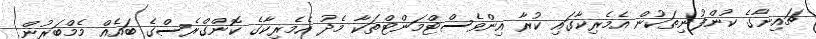
ޗައިނާގެ ކުންފުނިތަކުން އެމެރިކާގައި ކުރާ އިންވެސްޓްމަންޓްތަކާ މެދު އެމެރިކާގެ ކޮންގްރެސްގެ ބައެއް މެމްބަރުން